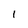
Character: 1